Report of the King Institute of Preventive Medicine, Guindy
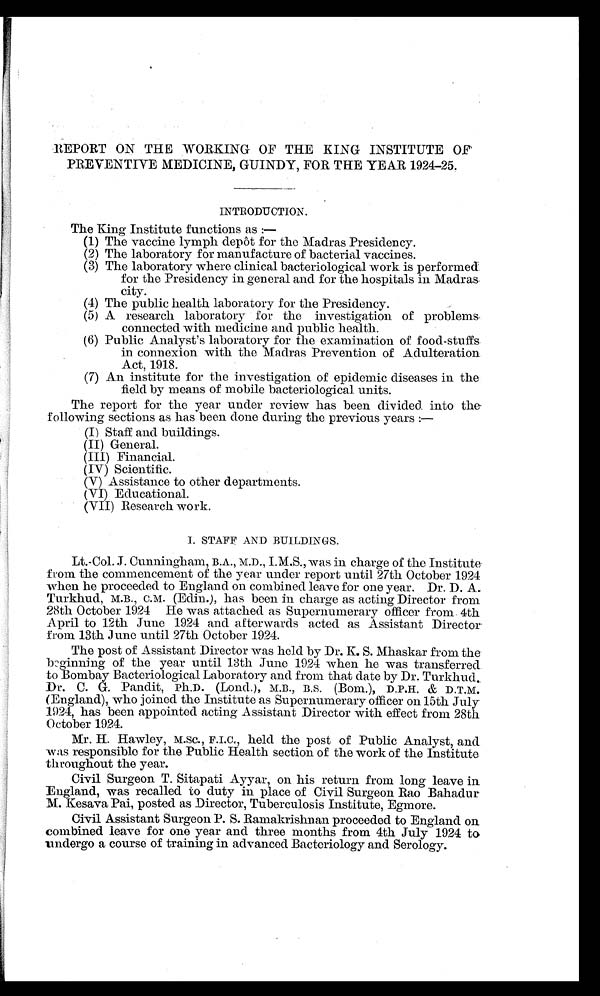
REPORT ON THE WORKING OF THE KING INSTITUTE OF
PREVENTIVE MEDICINE, GUINDY, FOR THE YEAR 1924-25.
INTRODUCTION.
The King Institute functions as :
—
(1) The vaccine lymph depôt for the Madras Presidency.
(2) The laboratory for manufacture of bacterial vaccines.
( 3 ) T h e l a b o r a t o r y w h e r e c l i n i c a l b a c t e r i o l o g i c a l w o r k i s p e r f o r m e d
for the Presidency in general and for the hospitals in Madras
city.
( 4 ) T h e p u b l i c h e a l t h l a b o r a t o r y f o r t h e P r e s i d e n c y .
(5) A research laboratory for the investigation of problems
connected with medicine and public health.
( 6 ) P u b l i c A n a l y s t ' s l a b o r a t o r y f o r t h e e x a m i n a t i o n o f f o o d - s t u f f s
in connexion with the Madras Prevention of Adulteration.
Act, 1918.
(7) An institute for the investigation of epidemic diseases in the
field by means of mobile bacteriological units.
The report for the year under review has been divided into the
following sections as has been done during the previous years :
—
(I) Staff and buildings.
( I I ) Gener al .
(III) Financial.
(IV) Scientific.
(V) Assistance to other departments.
(VI) Educational.
(VII) Research work.
I . S T A F F A N D B U I L D I N G S .
Lt.-Col. J. Cunningham, B.A., M.D., I.M.S., was in charge of the Institute
from the commencement of the year under report until 27th October 1924
when he proceeded to England on combined leave for one year. Dr. D. A.
Turkhud, M.B., C.M. (Edin.), has been in charge as acting Director from
28th October 1924 He was attached as Supernumerary officer from 4th
April to 12th June 1924 and afterwards acted as Assistant Director-
from 13th June until 27th October 1924.
The post of Assistant Director was held by Dr. K. S. Mhaskar from the
beginning of the year until 13th June 1924 when he was transferred
to Bombay Bacteriological Laboratory and from that date by Dr. Turkhud
. Dr. C. G. Pandit, Ph.D. (Lond.), M.B., B.S.(Bom.), D.P.H. & D.T.M.
(England), who joined the Institute as Supernumerary officer on 15th July
1924, has been appointed acting Assistant Director with effect from 28th
October 1924.
Mr. H. Hawley, M.SC., F.I.C., held the post of Public Analyst, and
was responsible for the Public Health section of the work of the Institute
throughout the year.
Civil Surgeon T. Sitapati Ayyar, on his return from long leave in.
England, was recalled to duty in place of Civil Surgeon Rao Bahadur
M. Kesava Pai, posted as Director, Tuberculosis Institute, Egmore.
Civil Assistant Surgeon P. S. Ramakrishnan proceeded to England on
combined leave for one year and three months from 4th July 1924 to
undergo a course of training in advanced Bacteriology and Serology.